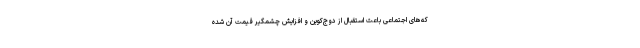
که‌های اجتماعی باعث استقبال از دوج‌کوین و افزایش چشمگیر قیمت آن شده